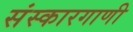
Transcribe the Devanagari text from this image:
संस्कारगाणी